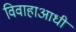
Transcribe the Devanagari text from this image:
विवाहाआधी